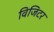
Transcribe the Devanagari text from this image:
विजिटर